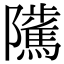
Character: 𨽥